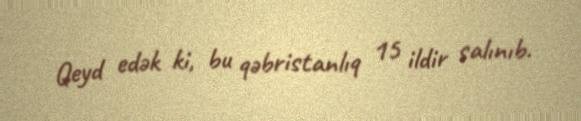
Qeyd edək ki, bu qəbristanlıq 15 ildir salınıb.